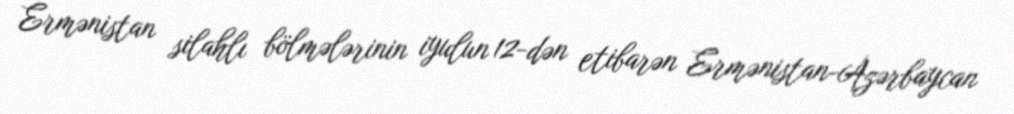
Ermənistan silahlı bölmələrinin iyulun 12-dən etibarən Ermənistan-Azərbaycan